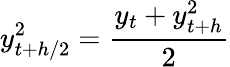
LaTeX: y_{t+h/2}^{2}={\frac{y_{t}+y_{t+h}^{2}}{2}}